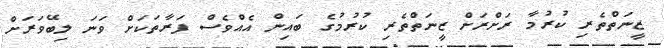
ޒީނަތްތެރި ކުރުމާ ރަށްރަށް ޒީނަތްތެރި ކުރުމުގެ ބައިން އެއްވެސް ފަރާތަކަށް ވަނަ ލިބޭވަރަށް